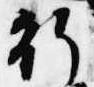
行